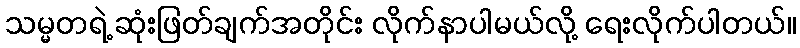
သမ္မတရဲ့ ဆုံးဖြတ်ချက်အတိုင်း လိုက်နာပါမယ်လို့ ရေးလိုက်ပါတယ်။